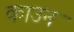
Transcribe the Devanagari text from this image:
काउन